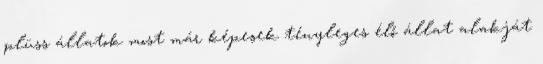
plüss állatok most már képesek tényleges élő állat alakját